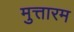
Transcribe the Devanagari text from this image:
मुत्तारम